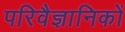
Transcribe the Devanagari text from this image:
परिवैज्ञानिकों